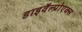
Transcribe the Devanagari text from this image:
डाइवैल्प्रोएक्स